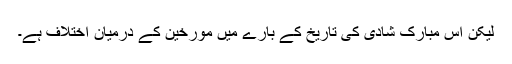
لیکن اس مبارک شادی کی تاریخ کے بارے میں مورخین کے درمیان اختلاف ہے۔